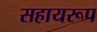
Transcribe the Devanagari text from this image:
सहायरूप